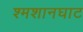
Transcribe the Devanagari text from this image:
श्मशानघाट